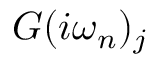
G ( i \omega _ { n } ) _ { j }